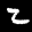
Digit: 2